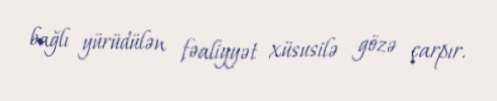
bağlı yürüdülən fəaliyyət xüsusilə gözə çarpır.